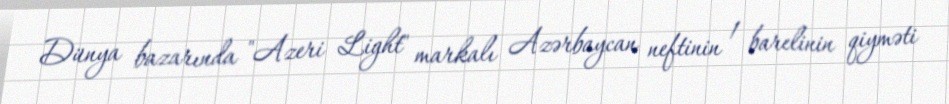
Dünya bazarında "Azeri Light" markalı Azərbaycan neftinin 1 barelinin qiyməti